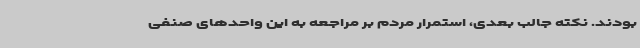
بودند. نکته جالب بعدی، استمرار مردم بر مراجعه به این واحدهای صنفی